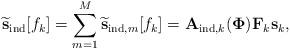
LaTeX: \begin{align*} { \widetilde{\bf s}}_{\textrm{ind}}[f_k]=\sum_{m=1}^{M}{ \widetilde{\bf s}}_{\textrm{ind},m}[f_k] = {\bf A}_{\textrm{ind},k}({\bf\Phi}){\bf F}_k{\bf s}_k, \end{align*}